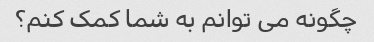
چگونه می توانم به شما کمک کنم؟